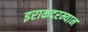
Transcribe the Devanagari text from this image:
इराकदरम्यान